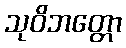
သုဝိဘတ္တော